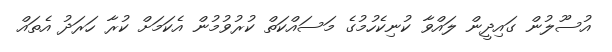
އުސޫލުން ގައިދީން ލައްވާ ކުނިކެހުމުގެ މަސައްކަތް ކުރުވުމުން އެކަމަށް ކުރާ ހަރަދު އެތައް